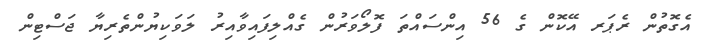
އެގޮތުން ރެޕަރ އޭކޮން ގެ 56 އިންސައްތަ ފޮލޯވަރުން ގެއްލިފައިވާއިރު ލަވަކިޔުންތެރިޔާ ޖަސްޓިން